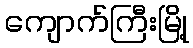
ကျောက်ကြီးမြို့